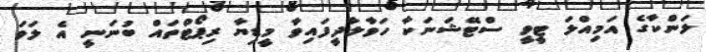
ލަންކާގެ އަމިއްލަ ޓީވީ ސްޓޭޝަނަކާ ހަވާލާދީފައިވާ މީޑިޔާ ރިޕޯޓްތައް ބުނަނީ އެ ލަވަ